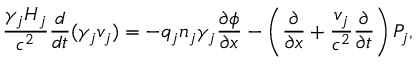
\frac { \gamma _ { j } H _ { j } } { c ^ { 2 } } \frac { d } { d t } ( \gamma _ { j } { v } _ { j } ) = - q _ { j } n _ { j } \gamma _ { j } \frac { \partial \phi } { \partial x } - \left( \frac { \partial } { \partial x } + \frac { { v } _ { j } } { c ^ { 2 } } \frac { \partial } { \partial t } \right) P _ { j } ,